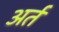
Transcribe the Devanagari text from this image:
अर्त